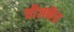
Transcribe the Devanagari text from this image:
वीजकेंद्र